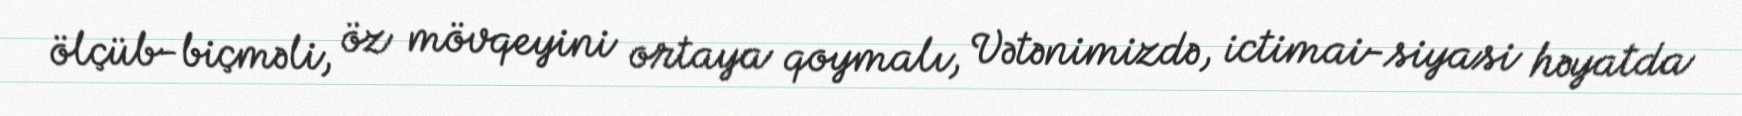
ölçüb-biçməli, öz mövqeyini ortaya qoymalı, Vətənimizdə, ictimai-siyasi həyatda